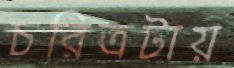
চরিত্রটায়